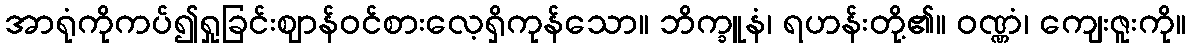
အာရုံကိုကပ်၍ရှုခြင်းဈာန်ဝင်စားလေ့ရှိကုန်သော။ ဘိက္ခူနံ၊ ရဟန်းတို့၏။ ဝဏ္ဏံ၊ ကျေးဇူးကို။